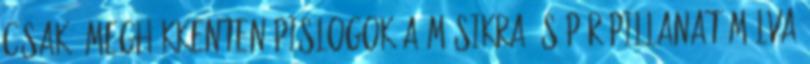
csak. meghökkenten pislogok a másikra és pár pillanat múlva